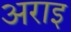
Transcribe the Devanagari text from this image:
अराइ